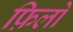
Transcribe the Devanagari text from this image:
फ़िलो